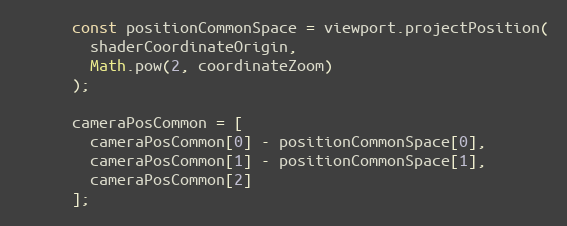
Language: JavaScript
      const positionCommonSpace = viewport.projectPosition(
        shaderCoordinateOrigin,
        Math.pow(2, coordinateZoom)
      );

      cameraPosCommon = [
        cameraPosCommon[0] - positionCommonSpace[0],
        cameraPosCommon[1] - positionCommonSpace[1],
        cameraPosCommon[2]
      ];